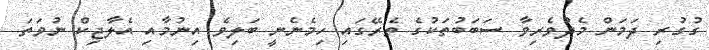
ގުގުރި ދަމަން މެދުވެރިވާ ސަބަބުތަކުގެ ތެރޭގައި ހިމެނެނީ ބަލިވެ އިނުމާއި އެލާޖިކް ނުވަތަ